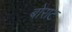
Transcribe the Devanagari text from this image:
बोराट